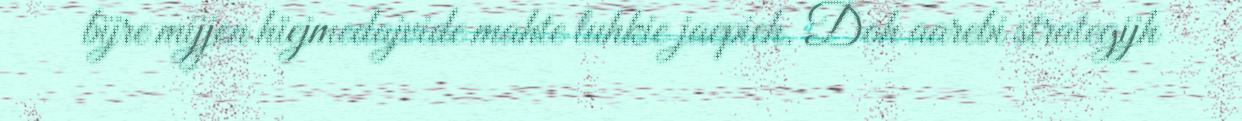
bïjre mijjen hïejmedajvide mahte luhkie jaepieh. Doh aarebi strategijh